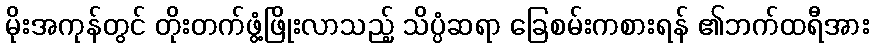
မိုးအကုန်တွင် တိုးတက်ဖွံ့ဖြိုးလာသည့် သိပ္ပံဆရာ ခြေစမ်းကစားရန် ၏ဘက်ထရီအား